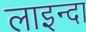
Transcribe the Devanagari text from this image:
लाइन्दा